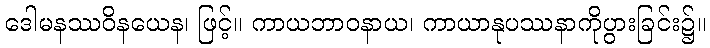
ဒေါမနဿဝိနယေန၊ ဖြင့်။ ကာယဘာဝနာယ၊ ကာယာနုပဿနာကိုပွားခြင်း၌။